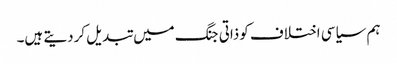
ہم سیاسی اختلاف کوذاتی جنگ میں تبدیل کردیتے ہیں۔